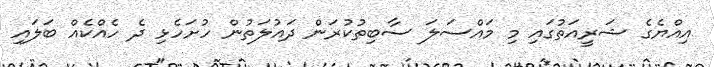
އިއްޔެގެ ޝަރީއަތުގައި މި މައްސަލަ ސާބިތުކުރަން ދައުލަތުން ހުށަހެޅި ދެ ހެއްކެއް ބަލައި